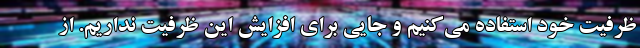
ظرفیت خود استفاده می‌کنیم و جایی برای افزایش این ظرفیت نداریم. از